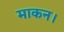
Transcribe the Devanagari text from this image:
माकन।